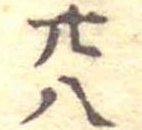
廿八